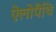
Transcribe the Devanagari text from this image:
ऐलोपैथि